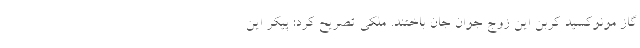
گاز مونوکسید کربن این زوج جوان جان باختند. ملکی تصریح کرد: پیکر این